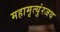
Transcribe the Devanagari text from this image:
महामृत्युंरजय